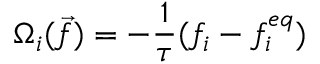
\Omega _ { i } ( \vec { f } ) = - \frac { 1 } { \tau } ( f _ { i } - f _ { i } ^ { e q } )